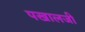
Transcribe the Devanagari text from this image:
पखालजी